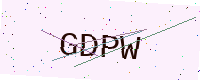
Text: GDPW